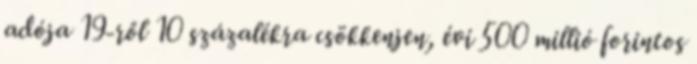
adója 19-ről 10 százalékra csökkenjen, évi 500 millió forintos